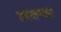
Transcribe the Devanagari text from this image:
तपासण्यास